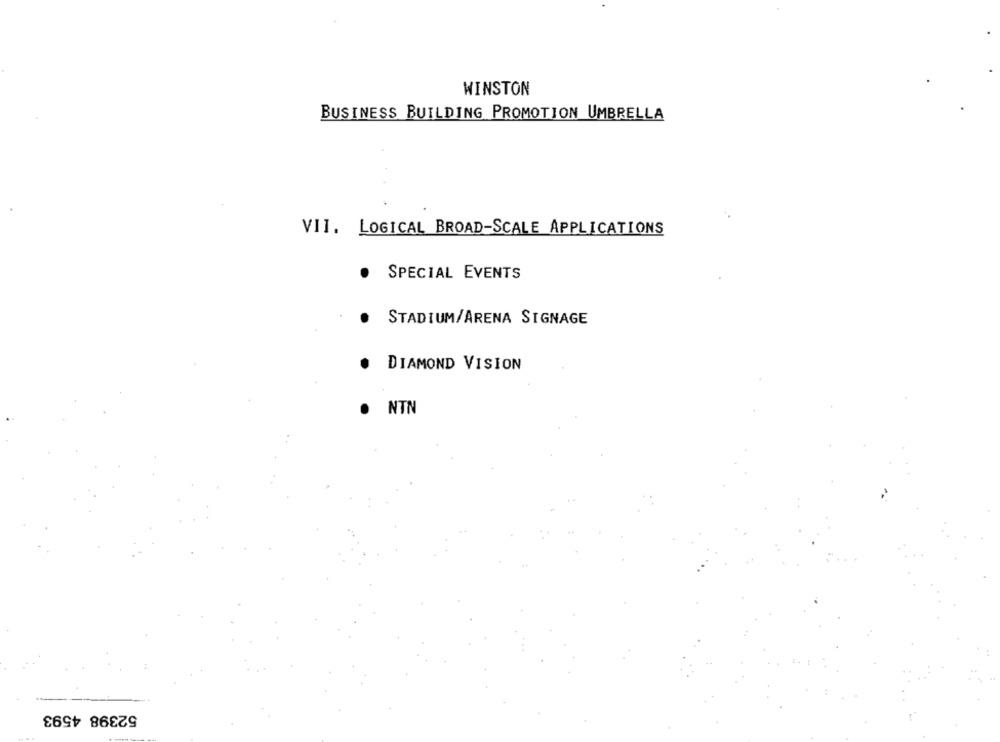
WINSTON
BUSINESS BUILDING PROMOTION UMBRELLA
VII. LOGICAL BROAD-SCALE APPLICATIONS
SPECIAL EVENTS
.
STADIUM/ARENA SIGNAGE
DIAMOND VISION
NTN
52398 4593